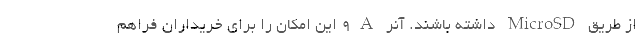
از طریق MicroSD داشته باشند. آنر 9A این امکان را برای خریداران فراهم